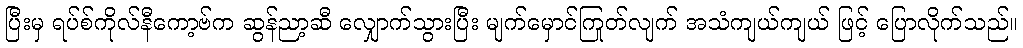
ပြီးမှ ရပ်စ်ကိုလ်နီကော့ဗ်က ဆွန်ညာ့ဆီ လျှောက်သွားပြီး မျက်မှောင်ကြုတ်လျက် အသံကျယ်ကျယ် ဖြင့် ပြောလိုက်သည်။